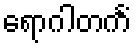
ရောဂါတင်္ကံ